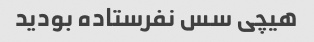
هیچی سس نفرستاده بودید